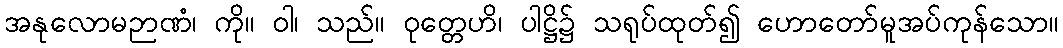
အနုလောမဉာဏံ၊ ကို။ ဝါ၊ သည်။ ဝုတ္တေဟိ၊ ပါဋ္ဌိ၌ သရုပ်ထုတ်၍ ဟောတော်မူအပ်ကုန်သော။